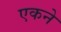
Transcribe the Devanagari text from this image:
एकने